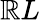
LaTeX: \mathbb{R}L